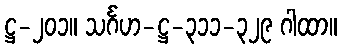
ဋ္ဌ-၂၀၁။ သင်္ဂဟ-ဋ္ဌ-၃၁၁-၃၂၉ ဂါထာ။